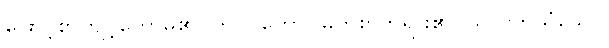
ဖြောင့်စွာကျင့်တော်မူ၏။ ဘဂဝတော၊ မြတ်စွာဘုရား၏။ သာဝကသံဃော၊